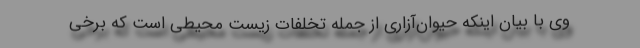
وی با بیان اینکه حیوان‌آزاری از جمله تخلفات زیست محیطی است که برخی